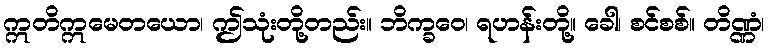
ဣတိဣမေတယော၊ ဤသုံးတို့တည်း။ ဘိက္ခဝေ၊ ရဟန်းတို့။ ခေါ၊ စင်စစ်။ တိဏ္ဏံ၊